Civil Veterinary Dept. North-West Frontier Province 1901-22 - 1901-1922
Year: 1901
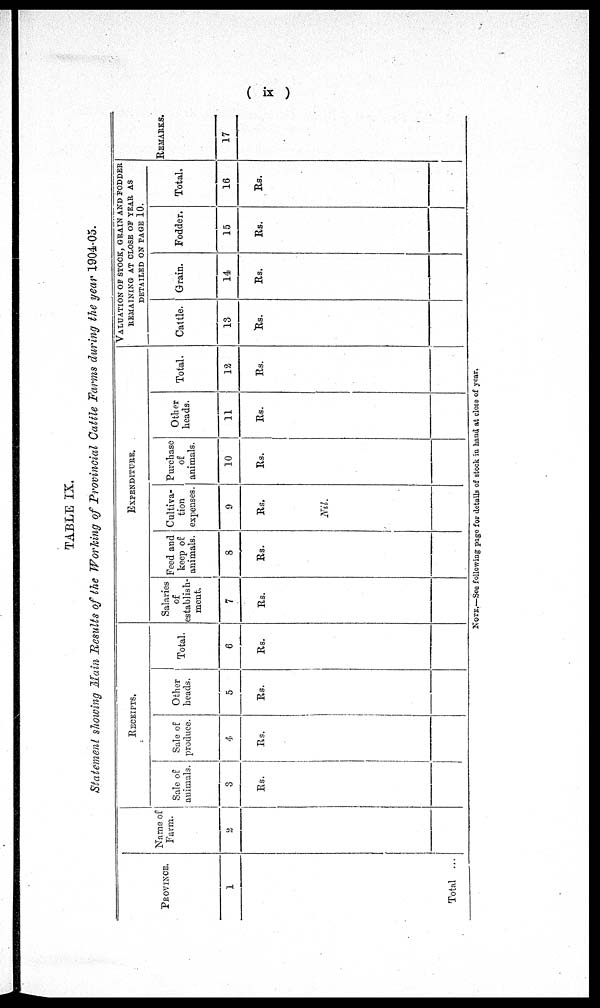
(ix)
TABLE IX.
Statement showing Main Results of the Working of Provincial Cattle Farms during the year 1904-05.
PROVINCE.
1
Total ...
RECEIPTS.
Name of
Farm.
2
Sale of
animals.
3
Rs.
Sale of
produce.
4
Rs.
Other
heads.
5
Rs.
Total.
6
Rs.
EXPENDITURE.
Salaries
of
establish-
ment.
7
Rs.
Feed and
keep of
animals.
8
Rs.
Cultiva-
tion
expenses.
9
Rs.
Nil.
Purchase
of
animals.
10
Rs.
Other
heads.
11
Rs.
Total.
12
Rs.
VALUATION OF STOCK, GRAIN AND FODDER
REMAINING AT CLOSE OF YEAR AS
DETAILED ON PAGE 10.
Cattle.
13
Rs.
Grain.
14
Rs.
Fodder.
15
Rs.
Total.
16
Rs.
REMARKS.
17
NOTE.—See following page for details of stock in hand at close of year.